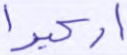
اركبوا